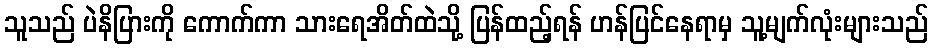
သူသည် ပဲနိပြားကို ကောက်ကာ သားရေအိတ်ထဲသို့ ပြန်ထည့်ရန် ဟန်ပြင်နေရာမှ သူ့မျက်လုံးများသည်